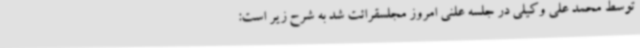
توسط محمد علی وکیلی در جلسه علنی امروز مجلسقرائت شد به شرح زیر است: